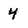
Character: 4